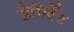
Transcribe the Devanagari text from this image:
डेमिर्टैग